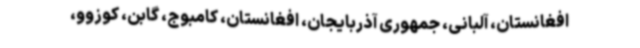
افغانستان، آلبانی، جمهوری آذربایجان، افغانستان، کامبوج، گابن، کوزوو،